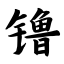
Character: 镥